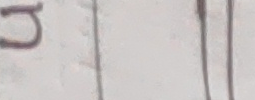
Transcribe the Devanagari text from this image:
ज